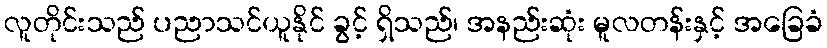
လူတိုင်းသည် ပညာသင်ယူနိုင် ခွင့် ရှိသည်၊ အနည်းဆုံး မူလတန်းနှင့် အခြေခံ